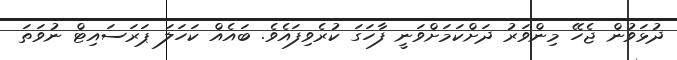
ދުޅަވުން ޖެހޭ މިންވަރު ދަށްކަމަށްވަނީ ފާހަގަ ކުރެވިފައެވެ. ބައެއް ކަހަލަ ޕަރަސައިޓް ނުވަތަ